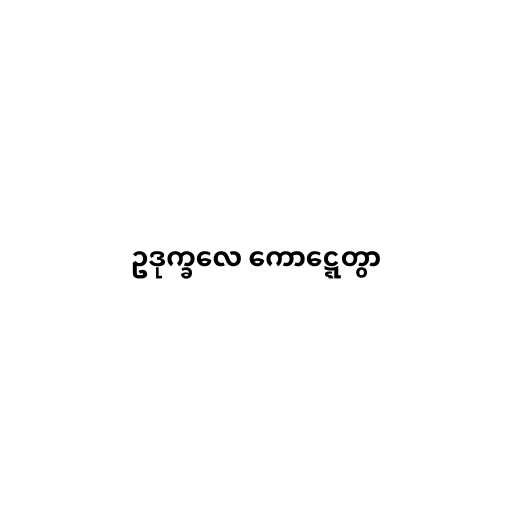
ဥဒုက္ခလေ ကောဋ္ဋေတွာ